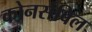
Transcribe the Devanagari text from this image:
कोनर्सविल